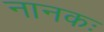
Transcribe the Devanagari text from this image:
नानकः